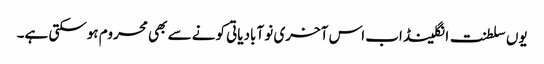
یوں سلطنت انگلینڈ اب اس آخری نو آبادیاتی کونے سے بھی محروم ہوسکتی ہے۔